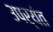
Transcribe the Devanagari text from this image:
३पर्यंत